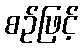
စဉ်ဖြင့်